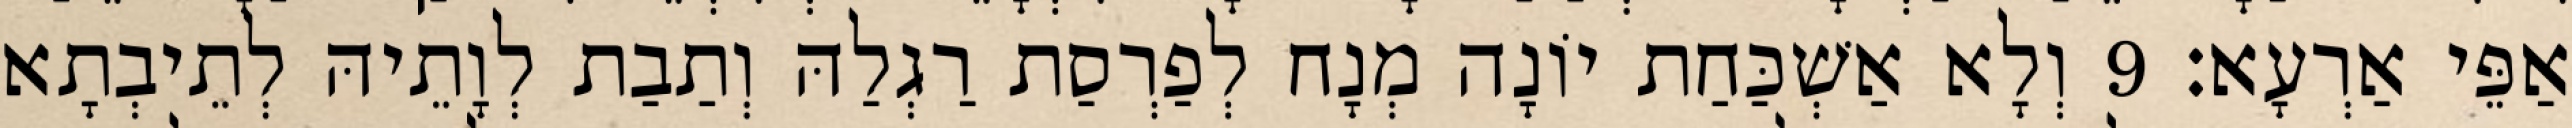
אַפֵּי אַרְעָא׃ 9 וְלָא אַשְׁכַּחַת יוֹנָה מְנָח לְפַרְסַת רַגְלַהּ וְתַבַת לְוָתֵיהּ לְתֵיבְתָא